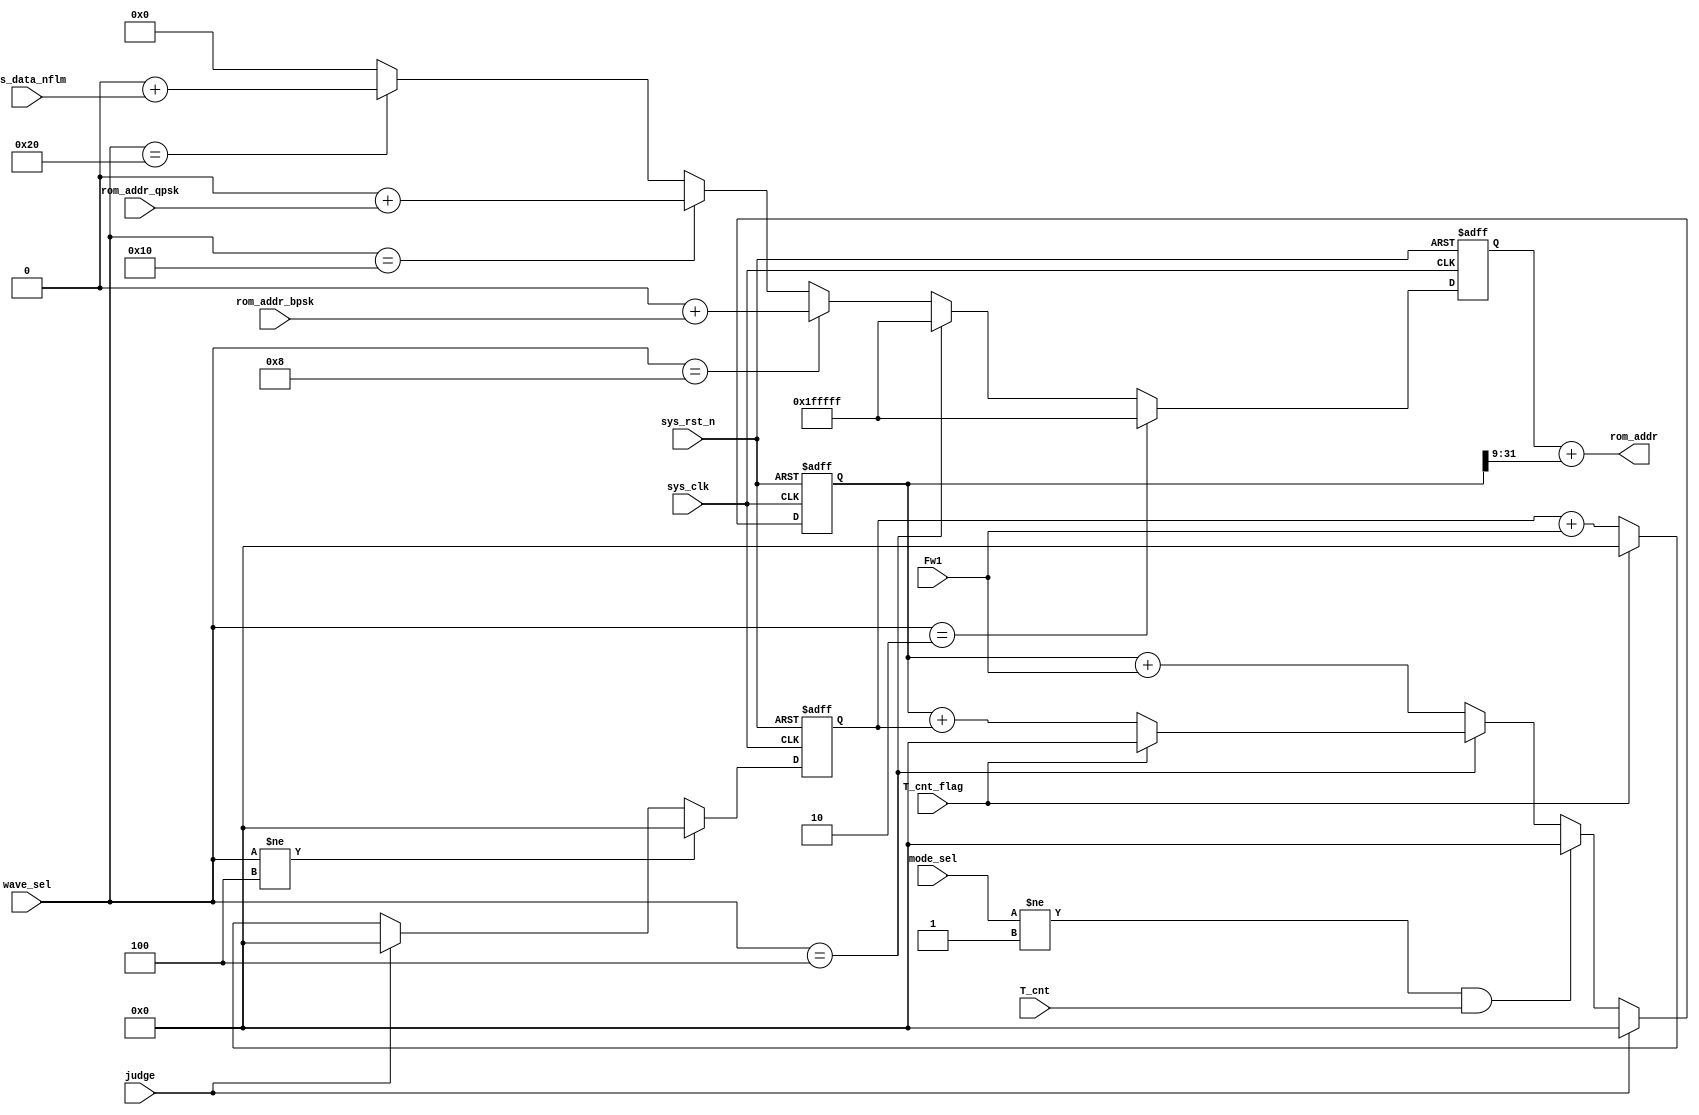
`timescale 1ns / 1ps
//////////////////////////////////////////////////////////////////////////////////
// Company: 
// Engineer: 
// 
// Design Name: 
// Module Name: fre_add
// Project Name: 
// Target Devices: 
// Tool Versions: 
// Description: 
// 
// Dependencies: 
// 
// Revision:
// Revision 0.01 - File Created
// Additional Comments:
// 
//////////////////////////////////////////////////////////////////////////////////


//
module fre_add #(  
    parameter       P_WORD = 23'd0 ) 
    (
    input wire          sys_clk     ,
    input wire          sys_rst_n   ,
    input wire [5:0]    wave_sel    ,
    input wire [3:0]    mode_sel    ,
    input wire          judge       ,
    input wire          T_cnt_flag  ,
    input wire          T_cnt       ,
    input wire  [22:0]  rom_addr_bpsk,
    input wire  [22:0]  rom_addr_qpsk,
    input wire  [22:0]  dds_data_nflm,
    input wire  [31:0]  Fw1         ,
    
    output wire [22:0]   rom_addr    
);

reg [31:0] theta;

//LFM
always @(posedge sys_clk or negedge sys_rst_n) //
    if(!sys_rst_n)
        theta <= 32'd0;
    else if(wave_sel != 6'b000100)
        theta <=  32'd0;      
    else if(judge)
        theta <=  32'd0;       
    else if(T_cnt_flag)
        theta <=  32'd0;       
    else
        theta <= theta + Fw1;
      
reg [31:0] fre_add;//

always @(posedge sys_clk or negedge sys_rst_n) //
    if(!sys_rst_n)
        fre_add <= 32'd0;
    else if(judge)
        fre_add <= 32'd0;     
    else if((mode_sel != 4'd1)&&(T_cnt))//00
         fre_add <= 32'd0;     
    else if(wave_sel == 6'b000100)//lfm
        if(T_cnt_flag)//0LFM
             fre_add <= 32'd0;           
        else
            fre_add <= fre_add + theta;     
    else  if(wave_sel == 6'b100000)//nflm
                fre_add <= fre_add  + Fw1;      
    else
        fre_add <= fre_add + Fw1;

reg [22:0] rom_addr_theta;     //
always @(posedge sys_clk or negedge sys_rst_n) 
    if(!sys_rst_n)
        rom_addr_theta <= 23'd0;
    else if(wave_sel  == 6'b000010)//cospi/2
        rom_addr_theta <=  P_WORD + 21'd2097151; 
    else if(wave_sel == 6'b000100)//LFM
        rom_addr_theta <=  P_WORD + 21'd2097151;//21'd2097151,2^23 / 4 - 1
    else if(wave_sel == 6'b001000)//BPSK
        rom_addr_theta <=  P_WORD +  rom_addr_bpsk;
    else if(wave_sel == 6'b010000) //QPSK
        rom_addr_theta <=  P_WORD +  rom_addr_qpsk;
    else  if(wave_sel == 6'b100000)//nflm
        rom_addr_theta <=  P_WORD +  dds_data_nflm;
    else//sin
        rom_addr_theta <=  P_WORD;
    
assign rom_addr = rom_addr_theta + fre_add[31:9];
endmodule